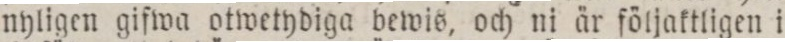
nyligen gifwa otwetydiga bewis, och ni är följaktligen i